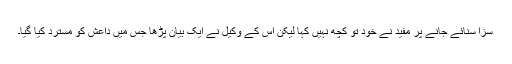
سزا سنائے جانے پر مفید نے خود تو کچھ نہیں کہا لیکن اس کے وکیل نے ایک بیان پڑھا جس میں داعش کو مسترد کیا گیا۔